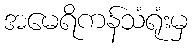
အမေရိကန်သံရုံးမှ